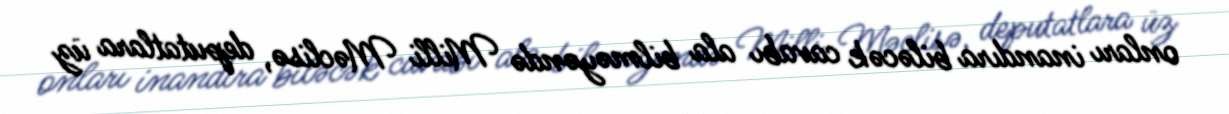
onları inandıra biləcək cavabı ala bilməyəndə Milli Məclisə, deputatlara üz